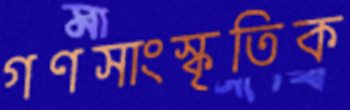
গণসাংস্কৃতিক